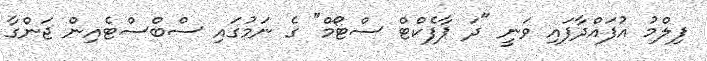
ފިލްމު އުފައްދާފައި ވަނީ "ދަ ޕާފެކްޓް ސްޓޯމް" ގެ ނަމުގައި ސްބްސްޓެއިން ޖަންގާ